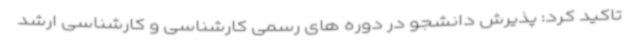
تاکید کرد: پذیرش دانشجو در دوره های رسمی کارشناسی و کارشناسی ارشد